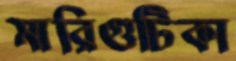
মারিগুটিকা